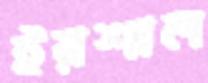
ইরশাল